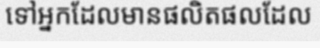
ទៅអ្នកដែលមានផលិតផលដែល